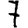
Digit: 7